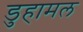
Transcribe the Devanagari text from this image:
डुहामल